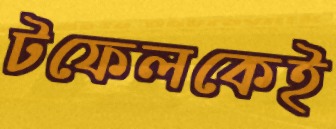
টফেলকেই